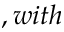
, w i t h